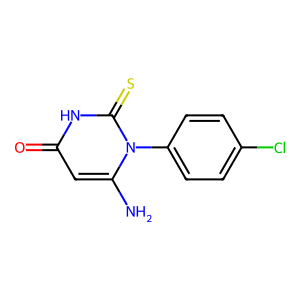
SMILES: Nc1cc(=O)[nH]c(=S)n1-c1ccc(Cl)cc1
Inhibits HIV replication: No